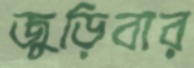
জুড়িবার